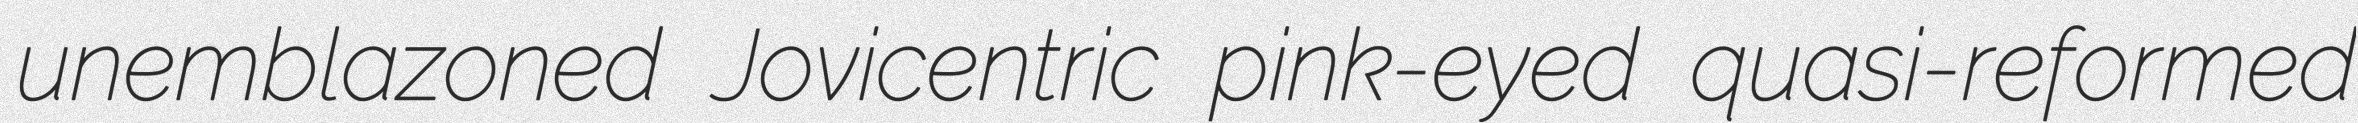
unemblazoned Jovicentric pink-eyed quasi-reformed